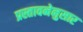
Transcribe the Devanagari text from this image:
प्रस्तावनेनुसार